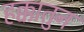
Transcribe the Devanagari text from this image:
हक्कातुन